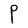
Character: P